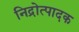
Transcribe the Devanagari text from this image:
निद्रोत्पादक